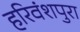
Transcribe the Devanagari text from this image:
हरिवंशपुरा